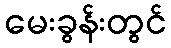
မေးခွန်းတွင်